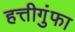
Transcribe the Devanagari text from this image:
हत्तीगुंफा